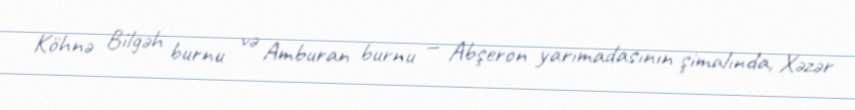
Köhnə Bilgəh burnu və Amburan burnu — Abşeron yarımadasının şimalında, Xəzər